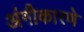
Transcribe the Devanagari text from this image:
अंगीकारणे